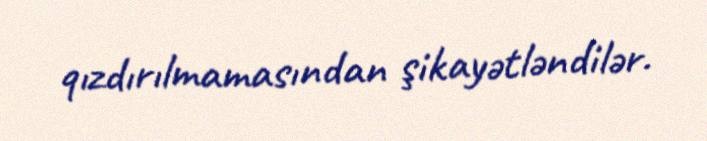
qızdırılmamasından şikayətləndilər.